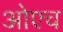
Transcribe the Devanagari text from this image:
ओएच